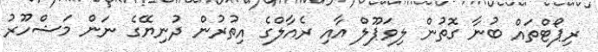
ރިޕޯޓްތައް ބުނާ ގޮތުން ލިވަޕޫލް އާއި ރެއާލްގެ އިތުރުން ދުނިޔޭގެ ނަން މަޝްހޫރު